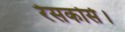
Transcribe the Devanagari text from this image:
रेसकोर्स।